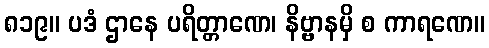
၈၁၉။ ပဒံ ဌာနေ ပရိတ္တာဏေ၊ နိဗ္ဗာနမှိ စ ကာရဏေ။